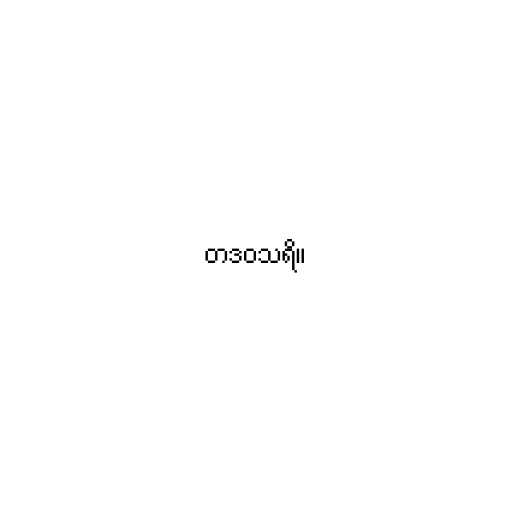
တဒဝသရိ။